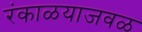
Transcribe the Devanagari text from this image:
रंकाळयाजवळ